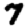
Digit: 7